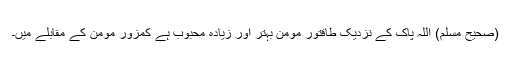
(صحیح مسلم) اللہ پاک کے نزدیک طاقتور مومن بہتر اور زیادہ محبوب ہے کمزور مومن کے مقابلے میں۔